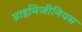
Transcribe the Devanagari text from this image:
प्राइमिजीनियस